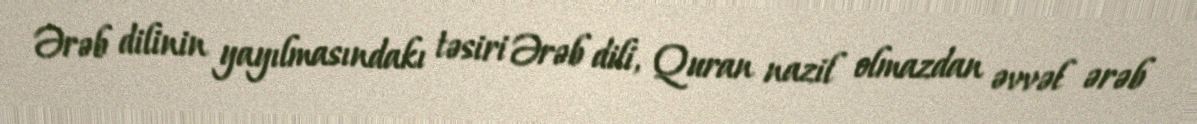
Ərəb dilinin yayılmasındakı təsiri Ərəb dili, Quran nazil olmazdan əvvəl ərəb